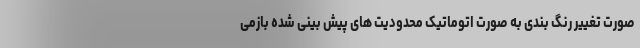
صورت تغییر رنگ بندی به صورت اتوماتیک محدودیت های پیش بینی شده بازمی